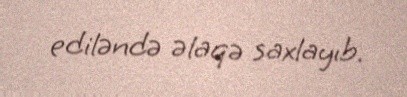
ediləndə əlaqə saxlayıb.